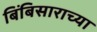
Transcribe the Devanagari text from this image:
बिंबिसाराच्या